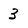
Character: 3